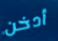
أدخن